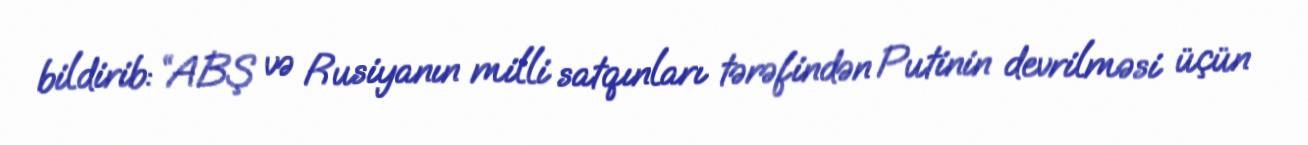
bildirib: “ABŞ və Rusiyanın milli satqınları tərəfindən Putinin devrilməsi üçün